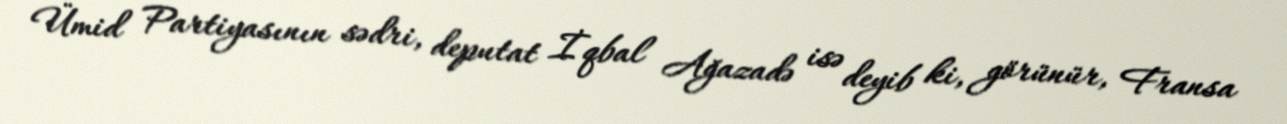
Ümid Partiyasının sədri, deputat İqbal Ağazadə isə deyib ki, görünür, Fransa